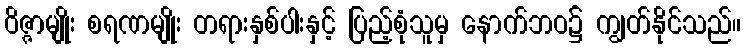
ဝိဇ္ဇာမျိုး စရဏမျိုး တရားနှစ်ပါးနှင့် ပြည့်စုံသူမှ နောက်ဘဝ၌ ကျွတ်နိုင်သည်။